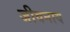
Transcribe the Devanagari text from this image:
जीवनाय